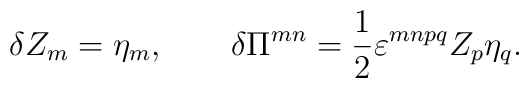
\delta Z_m = \eta_m, \qquad \delta \Pi^{mn} = \frac12\varepsilon^{mnpq} Z_p \eta_q.